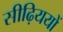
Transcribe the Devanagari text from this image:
सीढ़िययों